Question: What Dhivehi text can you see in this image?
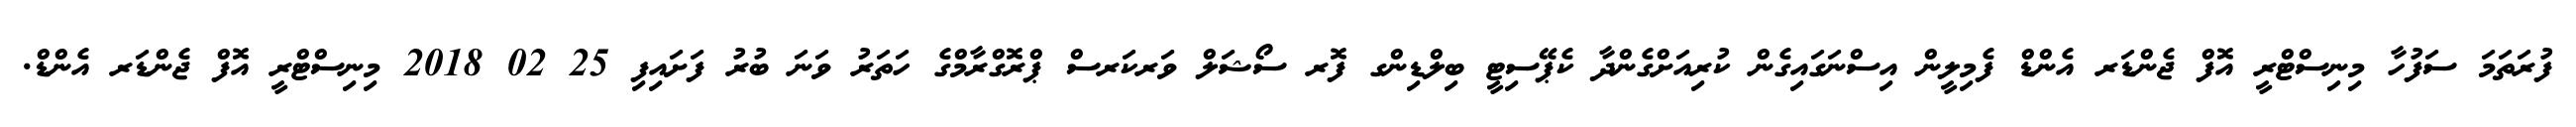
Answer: ފުރަތަމަ ސަފުހާ މިނިސްޓްރީ އޮފް ޖެންޑަރ އެންޑް ފެމިލީން އިސްނަގައިގެން ކުރިއަށްގެންދާ ކެޕޭސިޓީ ބިލްޑިންގ ފޮރ ސޯޝަލް ވަރކަރސް ޕްރޮގްރާމްގެ ހަތަރު ވަނަ ބުރު ފަށައިފި 25 02 2018 މިނިސްޓްރީ އޮފް ޖެންޑަރ އެންޑް.